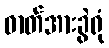
ဓာတ်အားခွဲရုံ